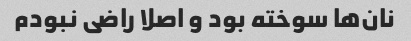
نان‌ها سوخته بود و اصلا راضی نبودم